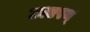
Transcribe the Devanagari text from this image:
उत्तरम्